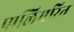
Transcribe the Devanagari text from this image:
पालिमरित